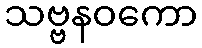
သဗ္ဗနဝကော